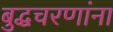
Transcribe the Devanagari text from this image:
बुद्धचरणांना